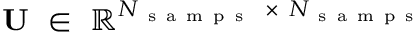
\mathbf { U } ~ \in ~ \mathbb { R } ^ { N _ { \mathrm { ~ s ~ a ~ m ~ p ~ s ~ } } ~ \times ~ N _ { \mathrm { ~ s ~ a ~ m ~ p ~ s ~ } } }